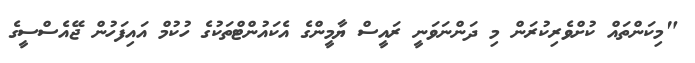
"މިކަންތައް ކުށްވެރިކުރަން މި ދަންނަވަނީ ރައީސް ޔާމީންގެ އެކައުންޓްތަކުގެ ހުކުމް އައިފަހުން ޖޭއެސްސީގެ